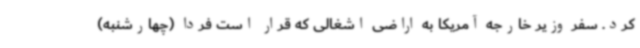
کرد. سفر وزیر خارجه آمریکا به اراضی اشغالی که قرار است فردا (چهارشنبه)